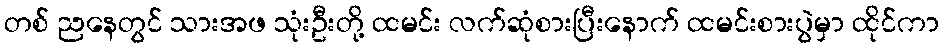
တစ် ညနေတွင် သားအဖ သုံးဦးတို့ ထမင်း လက်ဆုံစားပြီးနောက် ထမင်းစားပွဲမှာ ထိုင်ကာ